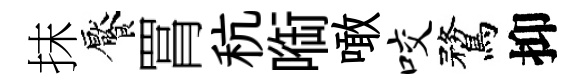
抹饜罥秔㗸噉咬鶩抑